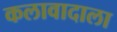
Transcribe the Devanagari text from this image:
कलावादाला